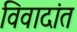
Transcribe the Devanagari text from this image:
विवादांत